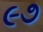
૯૭